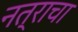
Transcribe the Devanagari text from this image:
नत्राचा